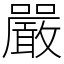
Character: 嚴